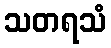
သတရသံ